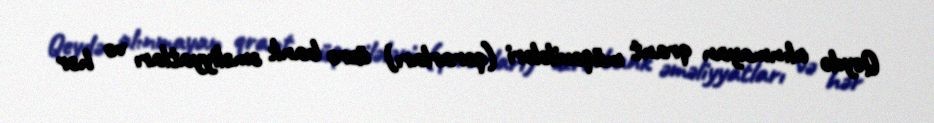
Qeydə alınmayan qrant müqavilələri (qərarları) üzrə bank əməliyyatları və hər